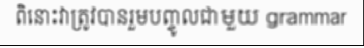
ពិនោះវាត្រូវបានរួមបញ្ចូលជាមួយ grammar